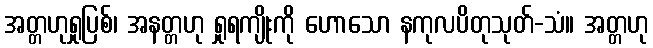
အတ္တဟုရှုပြစ်၊ အနတ္တဟု ရှုရကျိုးကို ဟောသော နကုလပိတုသုတ်-သံ။ အတ္တဟု